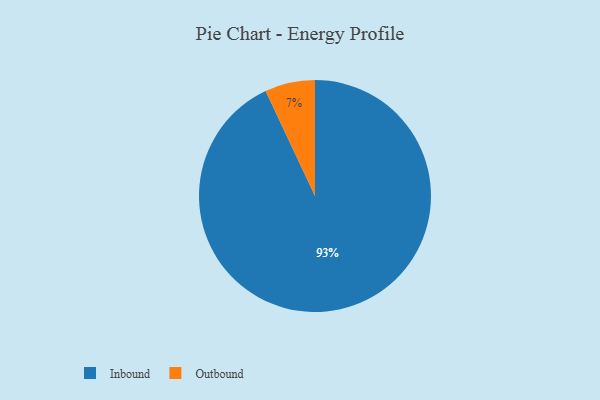
{"axis": {"x": "Category", "y": "Percentage"}, "legend": ["Inbound", "Outbound"], "data": [{"x": "Outbound", "y": 7, "type": "Outbound"}, {"x": "Inbound", "y": 93, "type": "Inbound"}]}